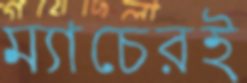
ম্যাচেরই